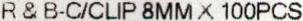
R & B-C/CLIP 8MM X 100PCS